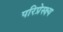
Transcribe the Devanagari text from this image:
परिप्रेस्क्ष्य